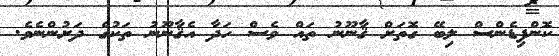
ކޮންފިޑެންސް ލިބޭ ގޮތަށް ޤާނޫނު ތައް ވެސް ހަދާ އެޤާނޫނު ތަކުގެ ދަށުންނެވެ.